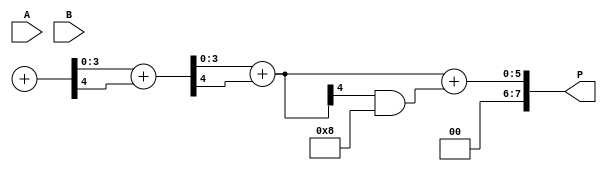
module wallace_tree_multiplier #(parameter n = 4) (
    input [n-1:0] A,
    input [n-1:0] B,
    output [2*n-1:0] P
);

    // Generate partial products
    wire [n-1:0] pp [0:n-1]; // Partial products
    genvar i, j;
    
    generate
        for (i = 0; i < n; i = i + 1) begin : partial_product_gen
            for (j = 0; j < n; j = j + 1) begin : and_gen
                assign pp[i][j] = A[j] & B[i];
            end
        end
    endgenerate

    // Carry-Save Adder (CSA) tree reduction
    wire [n-1:0] sum [0:n-1];
    wire [n-1:0] carry [0:n-1];

    // Initialize the first stage
    assign sum[0] = pp[0];
    assign carry[0] = {1'b0, pp[1]}; // Initialize carry with the first partial product

    genvar k;
    generate
        for (k = 2; k < n; k = k + 1) begin : csa_reduction
            wire [n:0] temp_sum;
            wire [n:0] temp_carry;
            
            assign temp_sum = sum[k-1] + carry[k-1]; // Sum previous sums and carries
            assign sum[k] = temp_sum[n-1:0]; // Store new sum
            assign carry[k] = temp_sum[n]; // Store new carry
        end
    endgenerate

    // Final addition of the last two remaining sums and carries
    wire [2*n-1:0] final_sum;
    wire [2*n-1:0] final_carry;

    assign final_sum = sum[n-1] + carry[n-1];
    assign final_carry = (final_sum >> n) & {1'b1, {n-1{1'b0}}}; // Extract carry

    assign P = final_sum + final_carry; // Final product

endmodule